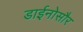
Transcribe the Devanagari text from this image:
डाईनोसौर